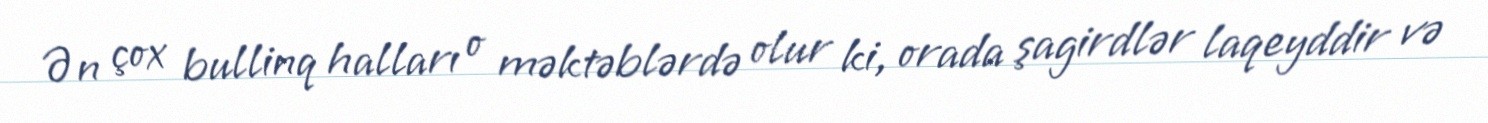
Ən çox bullinq halları o məktəblərdə olur ki, orada şagirdlər laqeyddir və